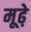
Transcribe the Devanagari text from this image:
मूढे़